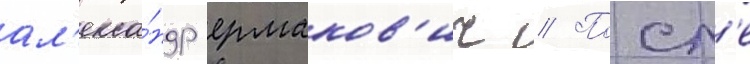
ал'екса́ндр ермаков'ич // Посл'е